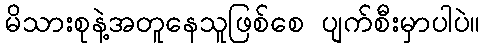
မိသားစုနဲ့အတူနေသူဖြစ်စေ ပျက်စီးမှာပါပဲ။